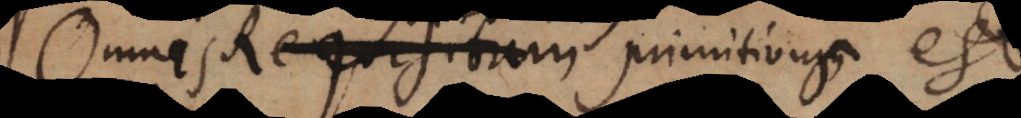
Omne Requisitum primitivum est